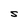
Character: S